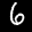
Label: 6